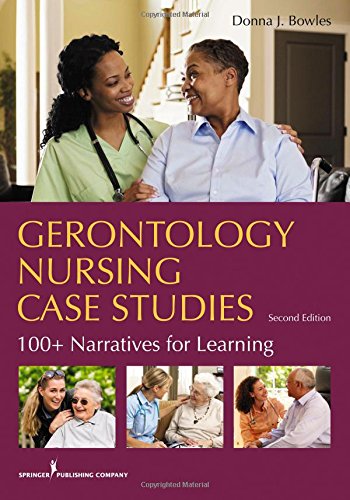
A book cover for Gerontology Nursing Case Studies, Second Edition: 100+ Narratives for Learning; Dr. Donna J. Bowles MSN  EdD  RN  CNE; Medical Books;